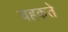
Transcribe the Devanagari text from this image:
चहकते